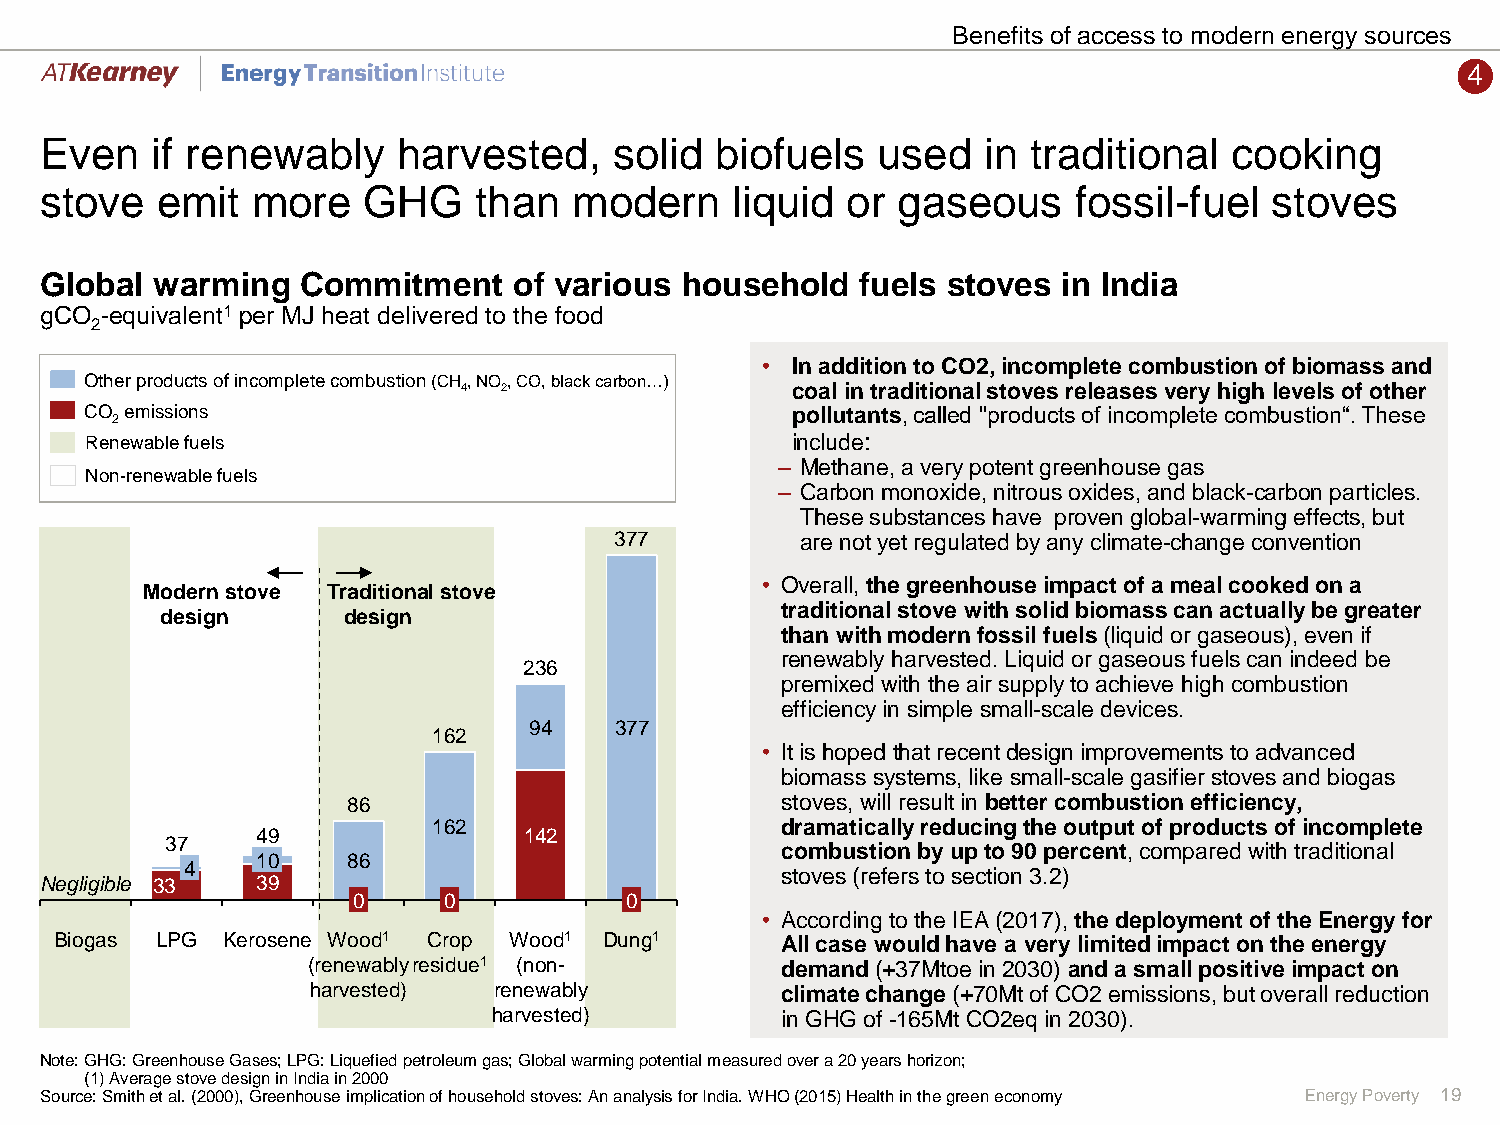
Benefits of access to modern energy sources
 4
 Even   if renewably    harvested,     solid biofuels   used   in traditional   cooking
 stove  emit   more   GHG    than   modern    liquid  or gaseous     fossil-fuel  stoves
 Global warming   Commitment    of various household   fuels stoves in India
 gCO -equivalent1 per MJ heat delivered to the food
 2
 • In addition to CO2, incomplete combustion of biomass and
 Other products of incomplete combustion (CH, NO, CO, black carbon…)
 4 2                  coal in traditional stoves releases very high levels of other
 CO emissions                                  pollutants, called "products of incomplete combustion“. These
 2
 Renewable fuels                               include:
 – Methane, a very potent greenhouse gas
 Non-renewable fuels
 – Carbon monoxide, nitrous oxides, and black-carbon particles.
 These substances have proven global-warming effects, but
 377         are not yet regulated by any climate-change convention
 • Overall, the greenhouse impact of a meal cooked on a
 Modern stove Traditional stove
 traditional stove with solid biomass can actually be greater
 design      design
 than with modern fossil fuels(liquid or gaseous), even if
 renewably harvested. Liquid or gaseous fuels can indeed be
 236
 premixed with the air supply to achieve high combustion
 efficiency in simple small-scale devices.
 94    377
 162
 • It is hoped that recent design improvements to advanced
 biomass systems, like small-scale gasifier stoves and biogas
 86                           stoves, will result in better combustion efficiency,
 162                    dramatically reducing the output of products of incomplete
 49                142
 37
 combustion by up to 90 percent, compared with traditional
 10    86
 4
 stoves (refers to section 3.2)
 Negligible 33 39
 0     0           0
 • According to the IEA (2017), the deployment of the Energy for
 Biogas LPG Kerosene Wood1 Crop Wood1 Dung1      All case would have a very limited impact on the energy
 (renewably residue1 (non-       demand (+37Mtoe in 2030) and a small positive impact on
 harvested)   renewably          climate change (+70Mt of CO2 emissions, but overall reduction
 harvested)         in GHG of -165Mt CO2eq in 2030).
 Note: GHG: Greenhouse Gases; LPG: Liquefied petroleum gas; Global warming potential measured over a 20 years horizon;
 (1) Average stove design in India in 2000
 Source: Smith et al. (2000), Greenhouse implication of household stoves: An analysis for India. WHO (2015) Health in the green economy Energy Poverty 19